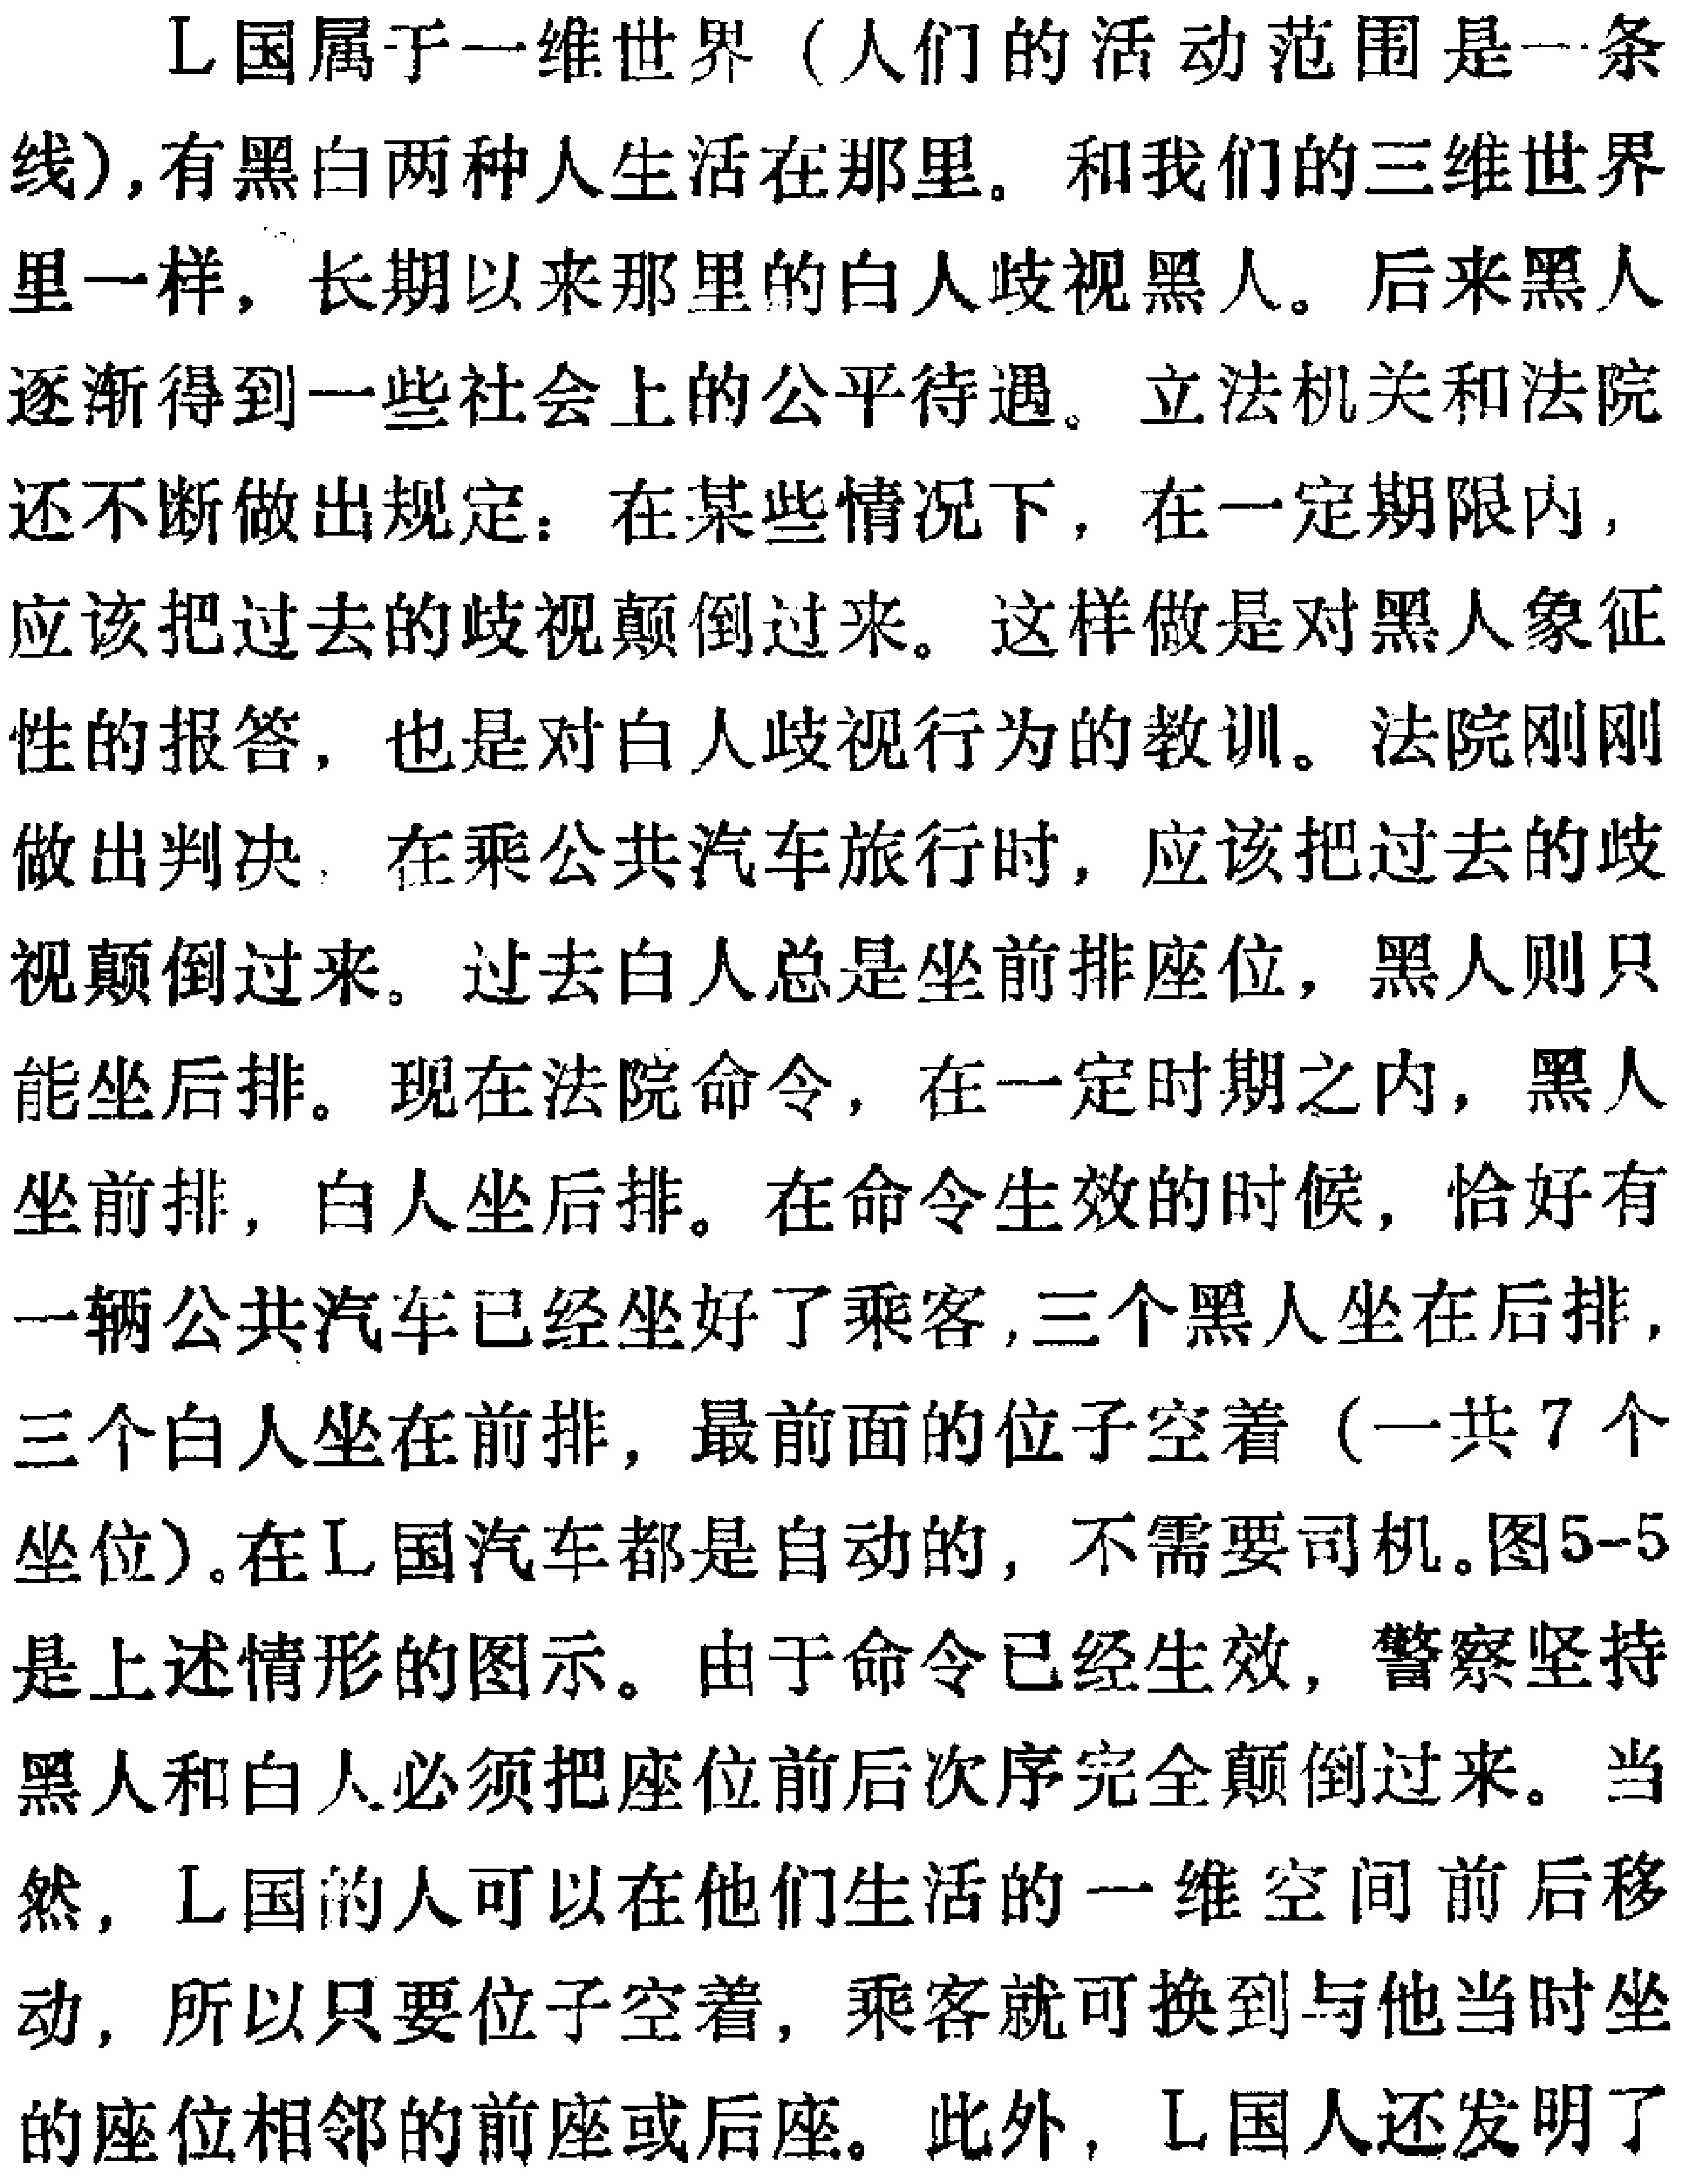
L国属于一维世界（人们的活动范围是一条线）,有黑白两种人生活在那里。和我们的三维世界里一样，长期以来那里的白人歧视黑人。后来黑人逐渐得到一些社会上的公平待遇。立法机关和法院还不断做出规定：在某些情况下，在一定期限内，应该把过去的歧视颠倒过来。这样做是对黑人象征性的报答，也是对白人歧视行为的教训。法院刚刚做出判决：在乘公共汽车旅行时，应该把过去的歧视颠倒过来。过去白人总是坐前排座位，黑人则只能坐后排。现在法院命令，在一定时期之内，黑人坐前排，白人坐后排。在命令生效的时候，恰好有一辆公共汽车已经坐好了乘客,三个黑人坐在后排，三个白人坐在前排，最前面的位子空着（一共7个坐位）。在L国汽车都是自动的，不需要司机。图5-5是上述情形的图示。由于命令已经生效，警察坚持黑人和白人必须把座位前后次序完全颠倒过来。当然，L国的人可以在他们生活的一维空间前后移动，所以只要位子空着，乘客就可换到与他当时坐的座位相邻的前座或后座。此外，L国人还发明了